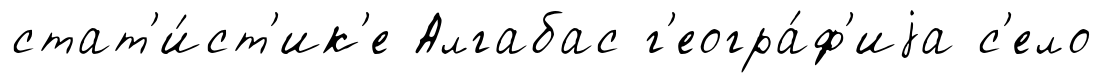
стат'и́ст'ик'е Алгабас г'еогра́ф'иjа с'ело